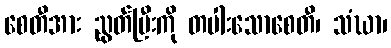
စေတီအား ညွတ်ပြီးကို တပါးသောစေတီ၊ သံဃာ၊